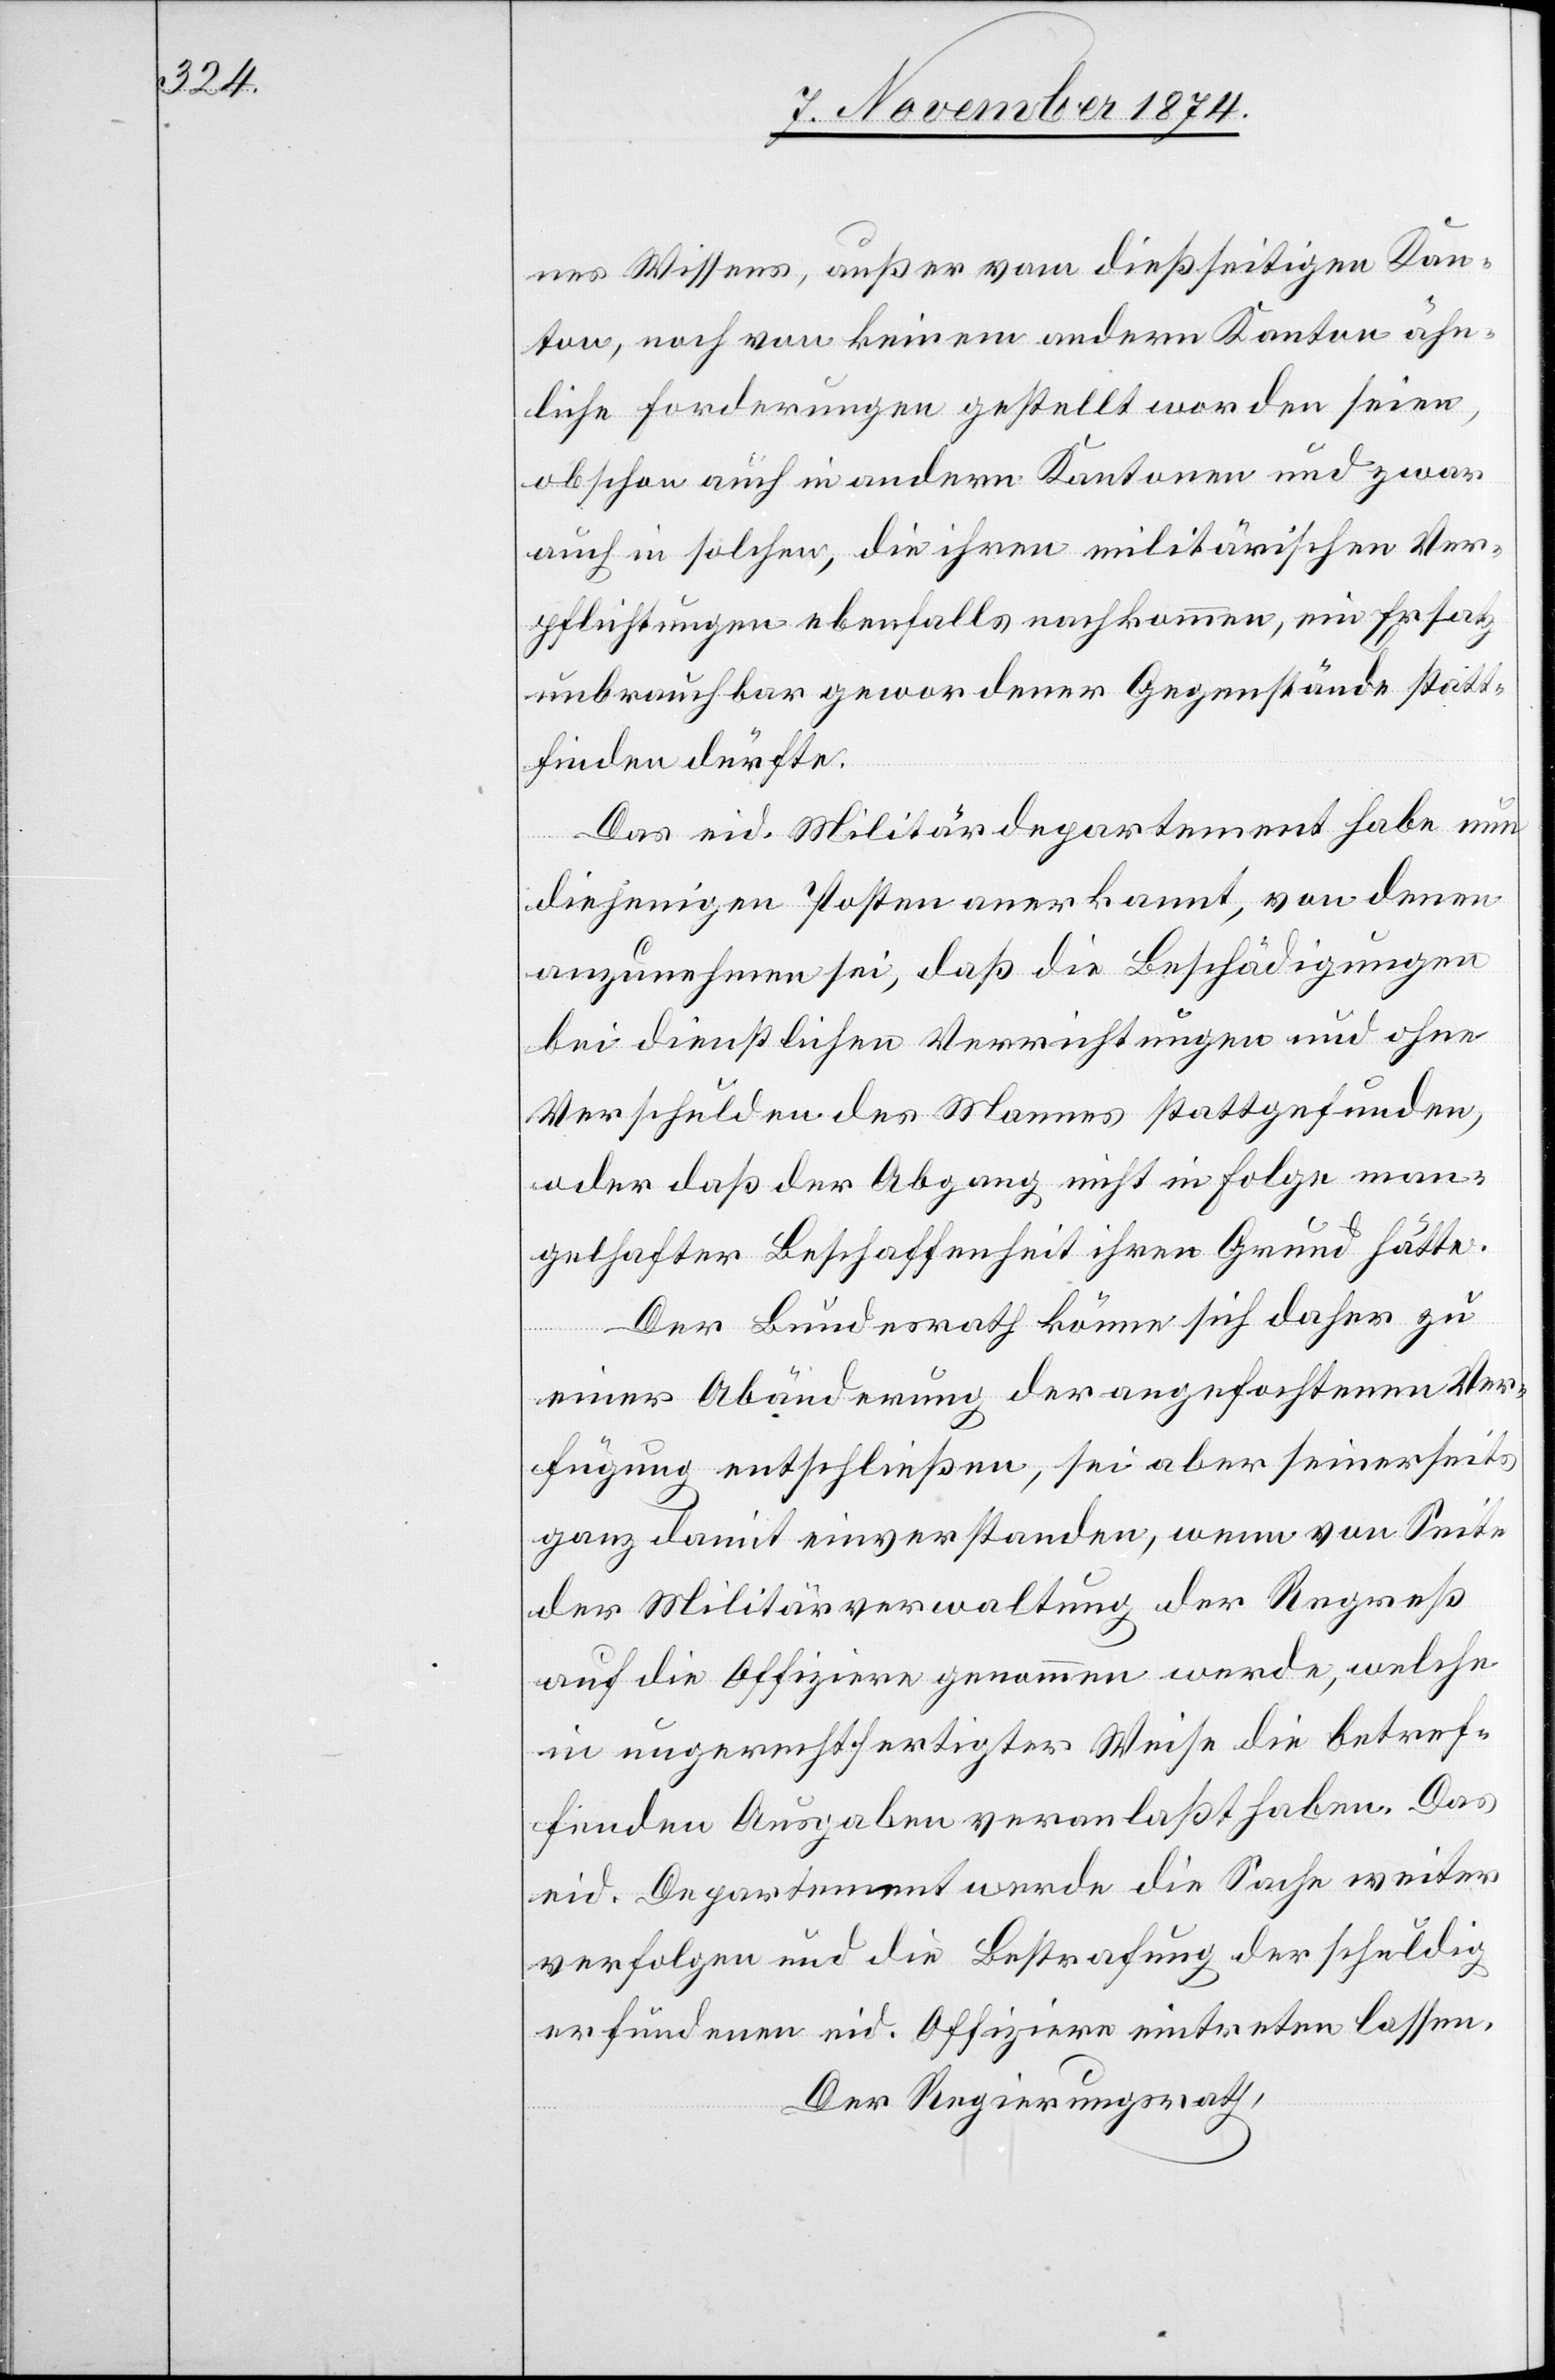
nes Wissens, außer vom dießseitigen Kan¬
ton, noch von keinem andern Kanton ähn¬
liche Forderungen gestellt worden seien,
obschon auch in andern Kantonen und zwar
auch in solchen, die ihren militärischen Ver¬
pflichtungen ebenfalls nachkommen, ein Ersatz
unbrauchbar gewordener Gegenstände statt¬
finden dürfte.
Das eid. Militärdepartement habe nun
diejenigen Posten anerkannt, von denen
anzunehmen sei, daß die Beschädigungen
bei dienstlichen Verrichtungen und ohne
Verschulden des Namens stattgefunden,
oder daß der Abgang nicht in Folge man¬
gelhafter Beschaffenheit ihren Grund hätte.
Der Bundesrath könne sich daher zu
einer Abänderung der angefochtenen Ver¬
fügung entschließen, sei aber seinerseits
ganz damit einverstanden, wenn von Seite
der Militärverwaltung der Regreß
auf die Offiziere genommen werde, welche
in ungerechtfertigter Weise die betref¬
fenden Ausgaben veranlaßt haben. Das
eid. Departement werde die Sache weiter
verfolgen und die Bestrafung der schuldig
erfundenen eid. Offiziere eintreten lassen.
Der Regierungsrath,